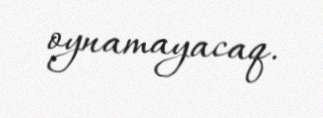
oynamayacaq.